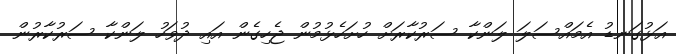
އަޅުގަނޑު އެމައްސަލަ ލަންކާ ސަރުކާރަށް ހުށަހެޅުމުން ޖެހިގެން އައި ދުވަހު ލަންކާ ސަރުކާރުން